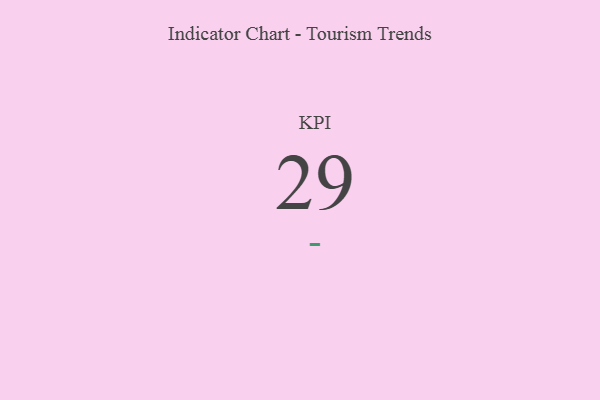
{"axis": {"x": "KPI", "y": "Value"}, "legend": [""], "data": [{"x": "KPI", "y": 29, "type": ""}]}